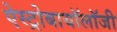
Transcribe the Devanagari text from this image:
ऐस्ट्रोबायॉलॉजी